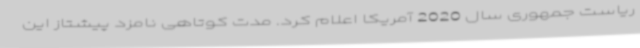
ریاست جمهوری سال 2020 آمریکا اعلام کرد. مدت کوتاهی نامزد پیشتاز این